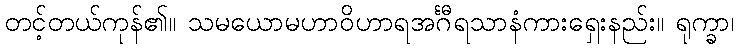
တင့်တယ်ကုန်၏။ သမယောမဟာဝိဟာရအင်္ဂီရသာနံကားရှေးနည်း။ ရုက္ခာ၊